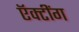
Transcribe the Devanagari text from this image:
ऍक्टींग